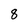
Character: 8